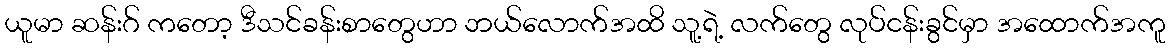
ယူမာ ဆန်းဂ် ကတော့ ဒီသင်ခန်းစာတွေဟာ ဘယ်လောက်အထိ သူ့ရဲ့ လက်တွေ လုပ်ငန်းခွင်မှာ အထောက်အကူ